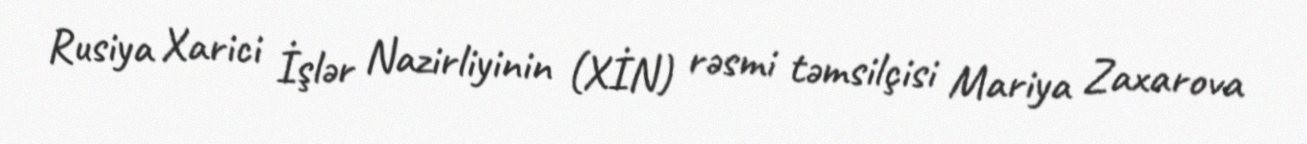
Rusiya Xarici İşlər Nazirliyinin (XİN) rəsmi təmsilçisi Mariya Zaxarova